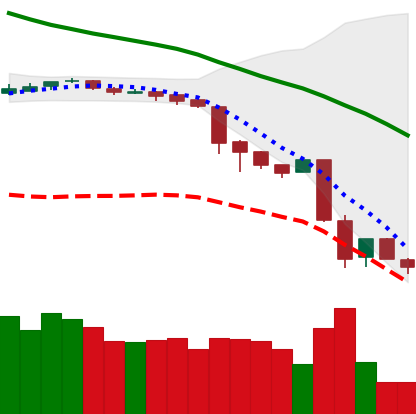
Ticker: BNB-USD
Chart end date: 2018-11-23
Forward return: -3.967%
Label: down_3_5